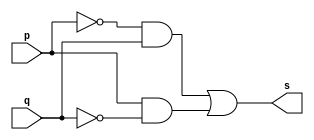
//--------------------------------------
//Exercicio0006 - XOR
//Nome: Mateus Guilherme do Carmo Cruz
//Matrcula: 427446
//---------------------------------------

//------------------
//-- xor gate
//------------------

module xorgate(output s,
						input p,
						input q);
	assign s = (~p)&q | p&(~q);
endmodule//xorgate

//--------------------
//-- test xor gate
//--------------------

module testxorgate;
	//------------ definir dados
	reg a,b;	//definir registradores
	wire s;	//conexo(fio)
	
	//------------------- instancia
	xorgate XOR1(s,a,b);
	
	//-------------------preparacao
	initial begin:start
		a=0;b=0;
	end
	
	//-------------------parte principal
	initial begin
		$display("Exercicio0006 - Mateus Guilherme do Carmo Cruz - 427446");
		$display("Test XOR gate");
		$display("\na ~| b = s\n");
		$monitor("%b ~| %b = %b",a,b,s);
		#1 a=0;b=1;
		#1 a=1;b=0;
		#1 a=1;b=1;
	end

endmodule//testxorgate